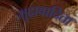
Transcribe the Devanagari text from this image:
मुद्रावादिता